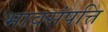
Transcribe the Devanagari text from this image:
भावसंपत्ति